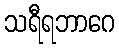
သရီရဘာဂေ